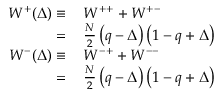
\begin{array} { r l } { W ^ { + } ( \Delta ) \equiv } & { { } \, W ^ { + + } + W ^ { + - } } \\ { = } & { { } \, \frac { N } { 2 } \left( q - \Delta \right) \left( 1 - q + \Delta \right) } \\ { W ^ { - } ( \Delta ) \equiv } & { { } \, W ^ { - + } + W ^ { -- } } \\ { = } & { { } \, \frac { N } { 2 } \left( q - \Delta \right) \left( 1 - q + \Delta \right) } \end{array}